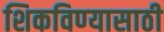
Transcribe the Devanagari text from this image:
शिकविण्‍यासाठी